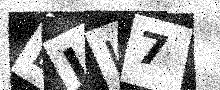
Text: LJL7